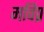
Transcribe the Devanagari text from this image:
मविप्र